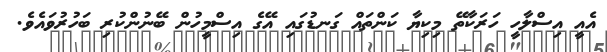
އެއީ އިސްލާހީ ހަރަކާތޭ މިކިޔާ ކަންތައް ގަނޑުގައި އޭގެ އިސްމީހުން ބޭނުންކުރި ބަހުރުވައެވެ.